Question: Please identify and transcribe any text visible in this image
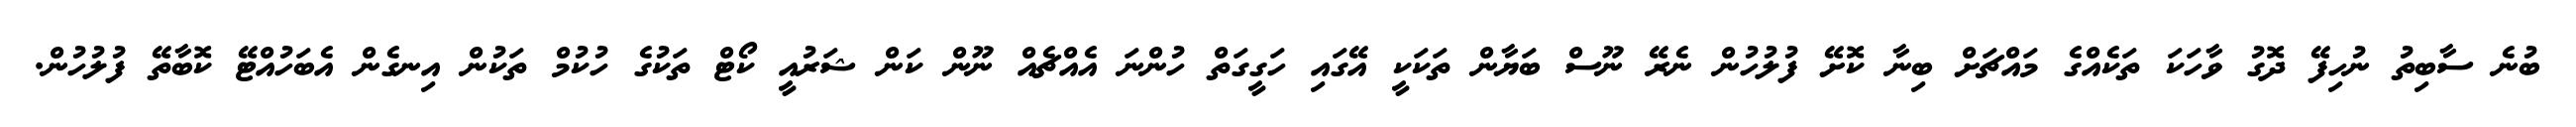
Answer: ބުނެ ސާބިތު ނުހިފޭ ދޮގު ވާހަކަ ތަކެއްގެ މައްޗަށް ބިނާ ކޮށޭ ފުލުހުން ނެރޭ ނޫސް ބަޔާން ތަކަކީ އޭގައި ހަގީގަތް ހުންނަ އެއްޗެއް ނޫން ކަން ޝަރުއީ ކޯޓް ތަކުގެ ހުކުމް ތަކުން އިނގެން އެބަހުއްޓޭ ކޮބާތޭ ފުލުހުން.